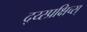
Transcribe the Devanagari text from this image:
द्य्स्प्रक्षिच्स्